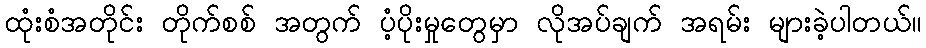
ထုံးစံအတိုင်း တိုက်စစ် အတွက် ပံ့ပိုးမှုတွေမှာ လိုအပ်ချက် အရမ်း များခဲ့ပါတယ်။